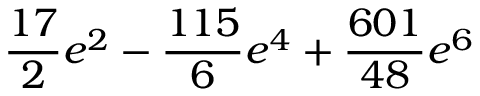
\frac { 1 7 } { 2 } e ^ { 2 } - \frac { 1 1 5 } { 6 } e ^ { 4 } + \frac { 6 0 1 } { 4 8 } e ^ { 6 }